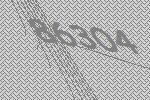
86304